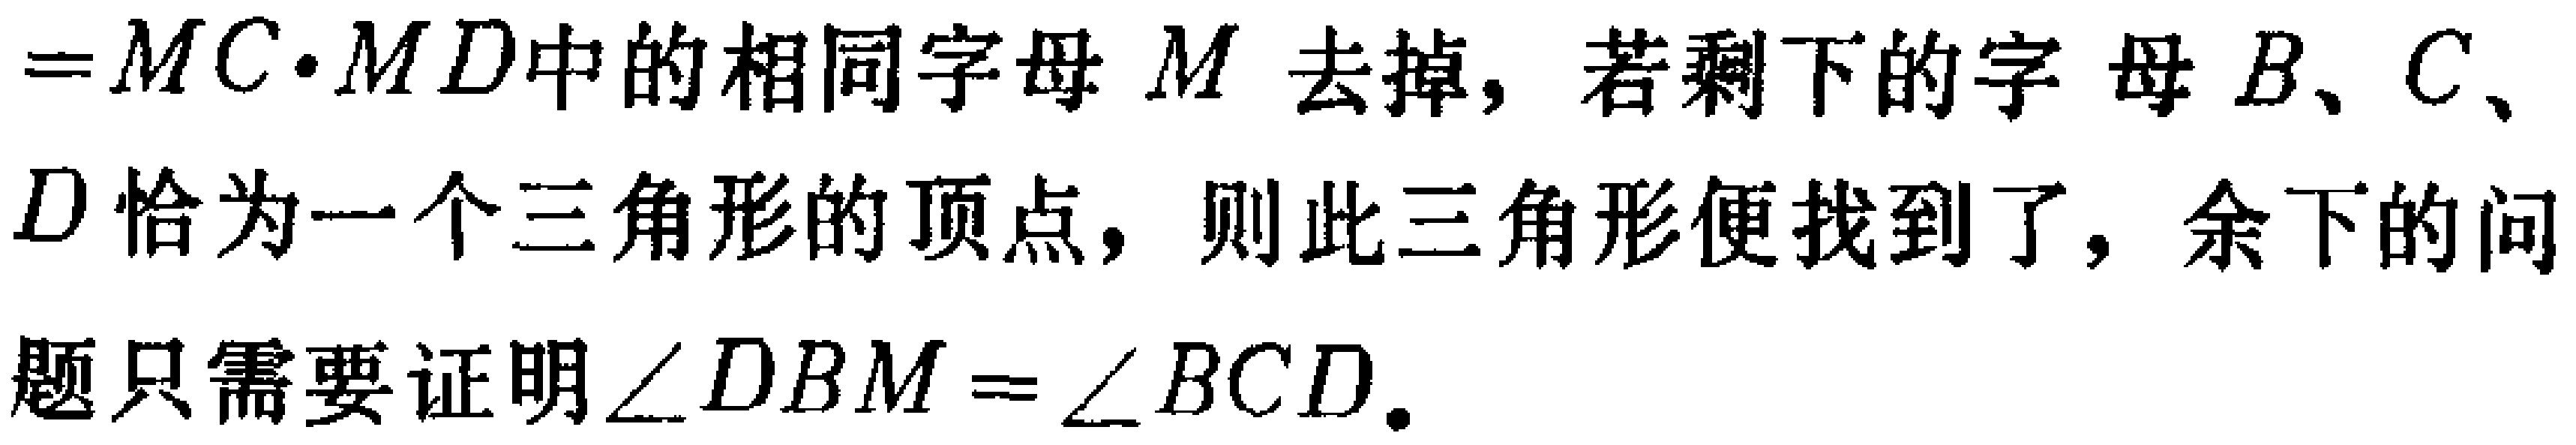
$=MC\cdot MD中的相同字母M去掉, 若剩下的字母B、C、D恰为一个三角形的顶点, 则此三角形便找到了, 余下的问题只需要证明\angle DBM = \angle BCD.$